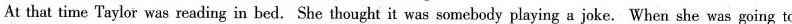
At that time Taylor was reading in bed. She thought it wassomebody playing a joke. When she was going to